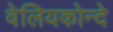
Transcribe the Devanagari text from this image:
वेलियकोन्दे